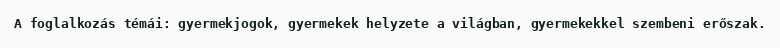
A foglalkozás témái: gyermekjogok, gyermekek helyzete a világban, gyermekekkel szembeni erőszak.